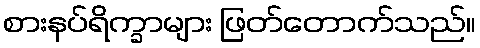
စားနပ်ရိက္ခာများ ဖြတ်တောက်သည်။